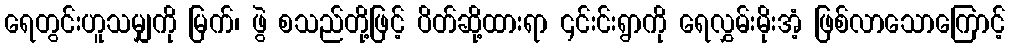
ရေတွင်းဟူသမျှကို မြက်၊ ဖွဲ စသည်တို့ဖြင့် ပိတ်ဆို့ထားရာ ၎င်းင်းရွာကို ရေလွှမ်းမိုးအံ့ ဖြစ်လာသောကြောင့်